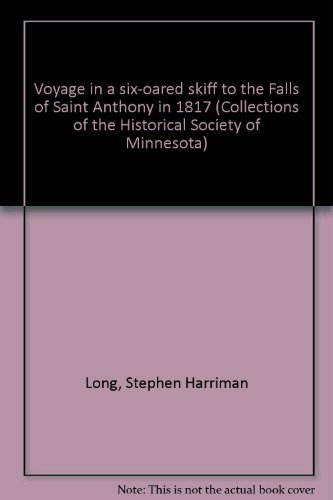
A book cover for Voyage in a six-oared skiff to the Falls of Saint Anthony in 1817 (Collections of the Historical Society of Minnesota); Stephen Harriman Long; Travel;